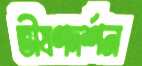
ভীষণদর্শন